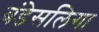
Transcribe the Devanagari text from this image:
बंडेसलिगा